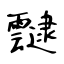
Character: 靆